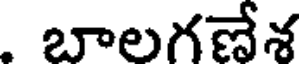
. బాలగణేశ